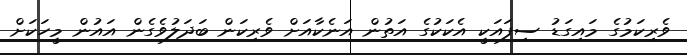
ވެރިކަމުގެ މައިގަޑު ސިފައަކީ އެކަކުގެ އަތުން އަނެކާއަށް ވެރިކަން ބަދަލުވެގެން އައުން މީހަކަށް